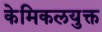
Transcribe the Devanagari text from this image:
केमिकलयुक्त